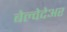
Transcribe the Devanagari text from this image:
बेल्वेदेअर